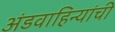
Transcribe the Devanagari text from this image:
अंडवाहिन्यांची